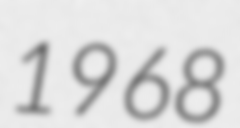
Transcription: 1968